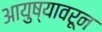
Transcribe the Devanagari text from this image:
आयुष्यावरून